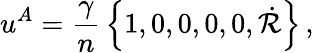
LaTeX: u^{A}={\frac{\gamma}{n}}\left\{ 1,0,0,0,0,\dot{\cal R}\right\} \, ,